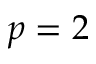
p = 2